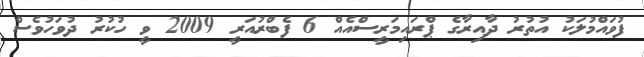
ފުވައްމުލަކު އުތުރު ދާއިރާގެ ޕްރައިމަރީސްއެއް 6 ފެބްރުއަރީ 2009 ވީ ހުކުރު ދުވަހުވެސް